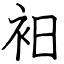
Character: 衵